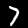
Digit: 7